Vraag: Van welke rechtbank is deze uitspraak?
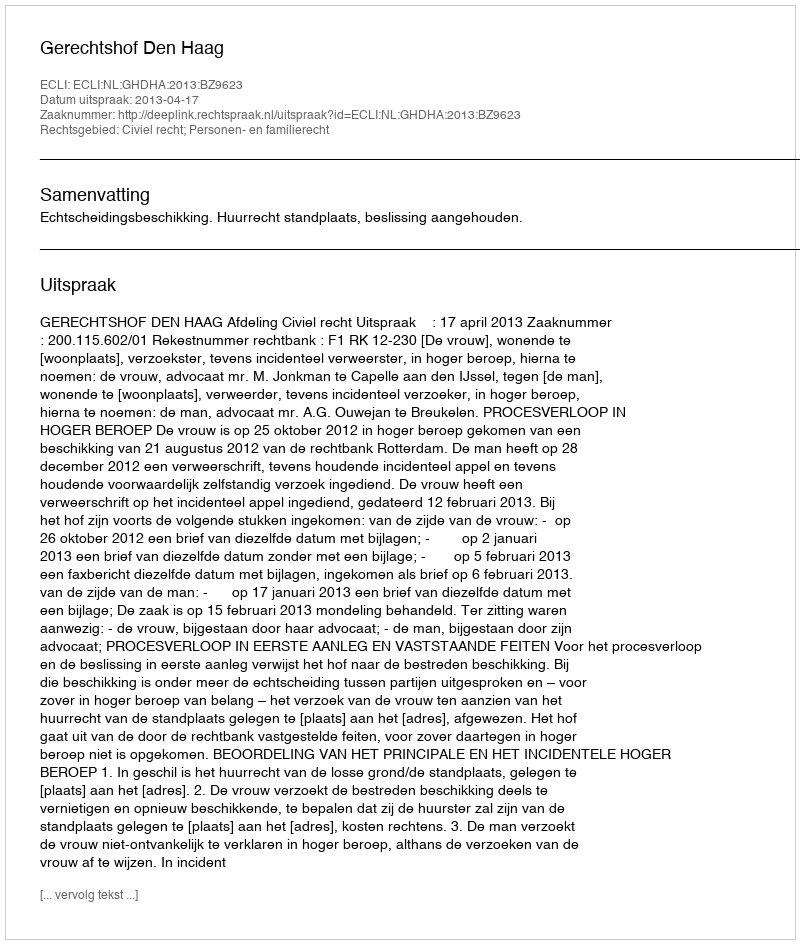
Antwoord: Gerechtshof Den Haag